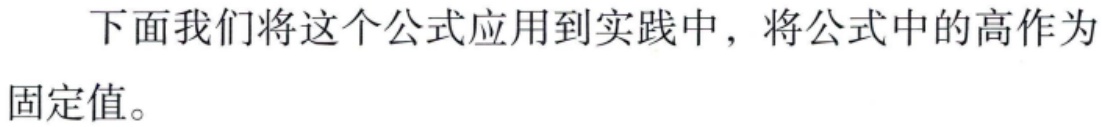
下面我们将这个公式应用到实践中，将公式中的高作为固定值。